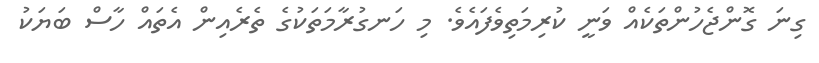
ގިނަ ގޮންޖެހުންތަކެއް ވަނީ ކުރިމަތިވެފައެވެ. މި ހަނގުރާމަތަކުގެ ތެރެއިން އެތައް ހާސް ބަޔަކު